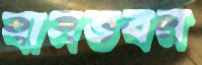
বাসভবন